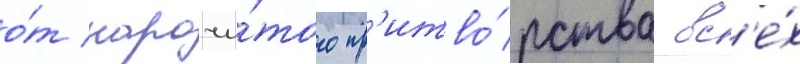
о́т нарочи́того пр'итво́рства вс'е́х